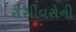
રીસીવરોની